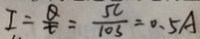
I = \frac { Q } { t } = \frac { 5 c } { 1 0 s } = 0 . 5 A